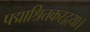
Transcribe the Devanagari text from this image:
पद्माश्रितकरद्वया।